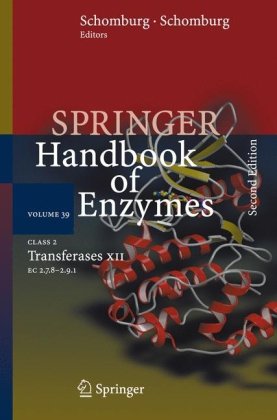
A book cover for Class 2 Transferases XII: EC 2.7.8 - 2.9.1 (Springer Handbook of Enzymes); Medical Books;